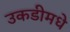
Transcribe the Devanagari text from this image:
उकडीमधे